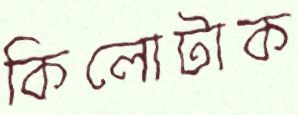
কিলোটাক